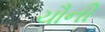
ચૌની